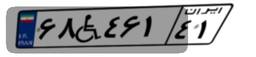
۶۸W۴۶۱۴۱